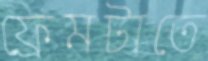
ফ্রেমটাতে